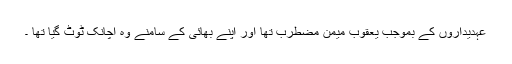
عہدیداروں کے بموجب یعقوب میمن مضطرب تھا اور اپنے بھائی کے سامنے وہ اچانک ٹوٹ گیا تھا ۔